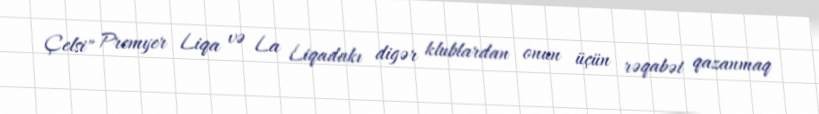
Çelsi" Premyer Liqa və La Liqadakı digər klublardan onun üçün rəqabət qazanmaq